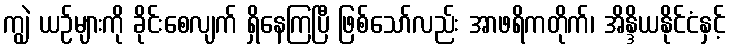
ကျွဲ ယဉ်များကို ခိုင်းစေလျက် ရှိနေကြပြီ ဖြစ်သော်လည်း အာဖရိကတိုက်၊ အိန္ဒိယနိုင်ငံနှင့်